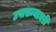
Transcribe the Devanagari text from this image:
उपासन्याघरी